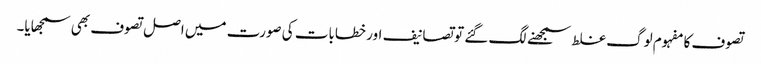
تصوف کا مفہوم لوگ غلط سمجھنے لگ گئے تو تصانیف اور خطابات کی صورت میں اصل تصوف بھی سمجھایا۔